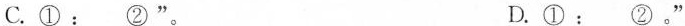
C.①： ”D.①： ②。